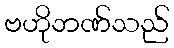
ဗဟိုဘဏ်သည်